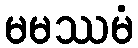
မမဿမံ